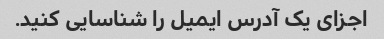
اجزای یک آدرس ایمیل را شناسایی کنید.